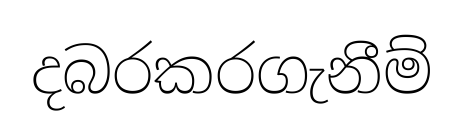
දබරකරගැනීම්